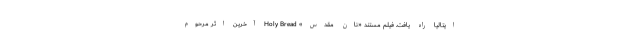
ایتالیا راه یافت. فیلم مستند «نان مقدس» Holy Bread آخرین اثر مرحوم